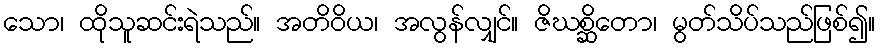
သော၊ ထိုသူဆင်းရဲသည်။ အတိဝိယ၊ အလွန်လျှင်။ ဇိဃစ္ဆိတော၊ မွတ်သိပ်သည်ဖြစ်၍။